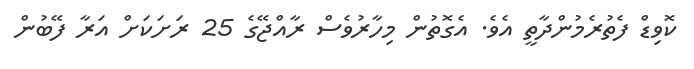
ކޮވިޑް ފެތުރެމުންދާތީ އެވެ. އެގޮތުން މިހާރުވެސް ރާއްޖޭގެ 25 ރަށަކަށް އަރާ ފޭބުން